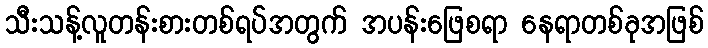
သီးသန့်လူတန်းစားတစ်ရပ်အတွက် အပန်းဖြေစရာ နေရာတစ်ခုအဖြစ်